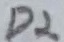
Text: D2